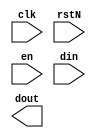
`timescale 1ns / 1ps
//////////////////////////////////////////////////////////////////////////////////
// Company: 
// Engineer: 
// 
// Design Name: 
// Module Name: Accumulator
// Project Name: 
// Target Devices: 
// Tool Versions: 
// Description: 
// 
// Dependencies: 
// 
// Revision:
// Revision 0.01 - File Created
// Additional Comments:
// 
//////////////////////////////////////////////////////////////////////////////////


module Accumulator  #(  parameter DATA_BITWIDTH = 8 )
                    (   input clk, rstN, en,
                        input[DATA_BITWIDTH-1:0] din,
                        output reg[31:0] dout   );

    reg[31:0] psum, count;
    always @(posedge clk, negedge rstN) begin
        if(!rstN) begin 
            psum <= 0;
            count <= 0;
        end
        else begin
            if(count == 9) begin
            end
            else begin
                psum <= psum + din;
                count <= count + 1;
            end

        end
    end

endmodule